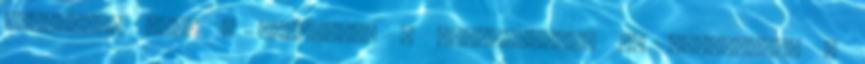
szögletes felé s arcrészei a szabályostól és arányostól a